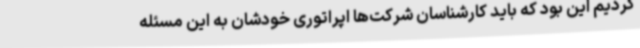
کردیم این بود که باید کارشناسان شرکت‌ها اپراتوری خودشان به این مسئله